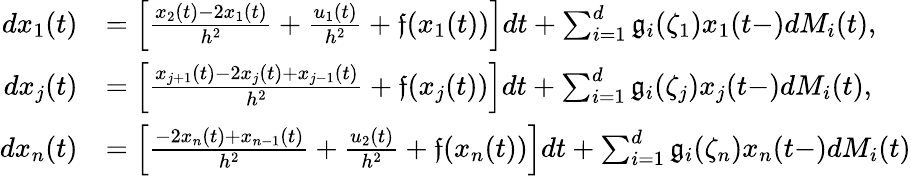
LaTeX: \begin{array}{rl}{dx_{1}(t)}&{=\Big[\frac{x_{2}(t)-2x_{1}(t)}{h^{2}}+\frac{u_{1}(t)}{h^{2}}+\mathfrak{f}(x_{1}(t))\Big]dt+\sum_{i=1}^{d}\mathfrak g_{i}(\zeta_{1})x_{1}(t-)dM_{i}(t),}\\ {dx_{j}(t)}&{=\Big[\frac{x_{j+1}(t)-2x_{j}(t)+x_{j-1}(t)}{h^{2}}+\mathfrak{f}(x_{j}(t))\Big]dt+\sum_{i=1}^{d}\mathfrak g_{i}(\zeta_{j})x_{j}(t-)dM_{i}(t),}\\ {dx_{n}(t)}&{=\Big[\frac{-2x_{n}(t)+x_{n-1}(t)}{h^{2}}+\frac{u_{2}(t)}{h^{2}}+\mathfrak{f}(x_{n}(t))\Big]dt+\sum_{i=1}^{d}\mathfrak g_{i}(\zeta_{n})x_{n}(t-)dM_{i}(t)}\end{array}